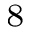
_ 8